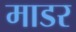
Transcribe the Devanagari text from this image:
माडर